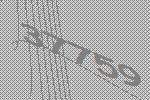
37759